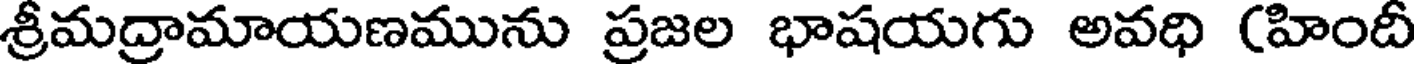
శ్రీమద్రామాయణమును ప్రజల భాషయగు అవధి (హిందీ